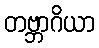
တဗ္ဘာဂိယာ